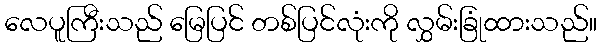
လေပူကြီးသည် မြေပြင် တစ်ပြင်လုံးကို လွှမ်းခြုံထားသည်။